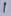
Text: 1